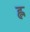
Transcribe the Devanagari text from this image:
ह्ल